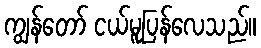
ကျွန်တော် ငယ်မူပြန်လေသည်။